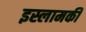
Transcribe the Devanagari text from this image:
इस्लामकी